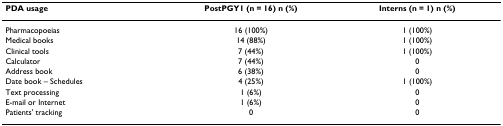
<table><thead><tr><td><b>PDA usage</b></td><td><b>PostPGY1 (n = 16) n (%)</b></td><td><b>Interns (n = 1) n (%)</b></td></tr></thead><tbody><tr><td>Pharmacopoeias</td><td>16 (100%)</td><td>1 (100%)</td></tr><tr><td>Medical books</td><td>14 (88%)</td><td>1 (100%)</td></tr><tr><td>Clinical tools</td><td>7 (44%)</td><td>1 (100%)</td></tr><tr><td>Calculator</td><td>7 (44%)</td><td>0</td></tr><tr><td>Address book</td><td>6 (38%)</td><td>0</td></tr><tr><td>Date book – Schedules</td><td>4 (25%)</td><td>1 (100%)</td></tr><tr><td>Text processing</td><td>1 (6%)</td><td>0</td></tr><tr><td>E-mail or Internet</td><td>1 (6%)</td><td>0</td></tr><tr><td>Patients&#x27; tracking</td><td>0</td><td>0</td></tr></tbody></table>